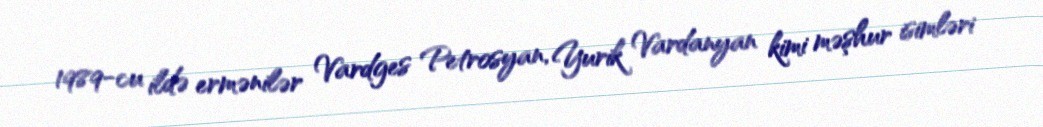
1989-cu ildə ermənilər Vardges Petrosyan, Yurik Vardanyan kimi məşhur isimləri